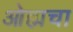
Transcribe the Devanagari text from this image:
ओह्मचा